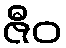
ဇီဝ